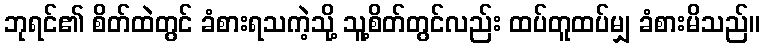
ဘုရင်၏ စိတ်ထဲတွင် ခံစားရသကဲ့သို့ သူ့စိတ်တွင်လည်း ထပ်တူထပ်မျှ ခံစားမိသည်။